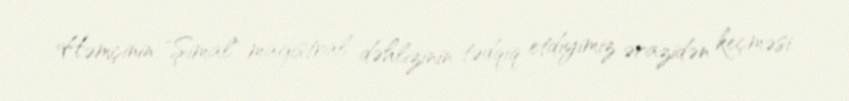
Həmçinin "Şimal" magistral dəhlizinin tədqiq etdiyimiz ərazidən keçməsi